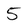
Character: 5